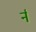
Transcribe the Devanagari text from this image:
र्न